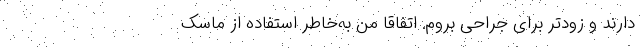
دارند و زودتر برای جراحی بروم. اتفاقاً من به‌خاطر استفاده از ماسک